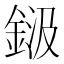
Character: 𮡾